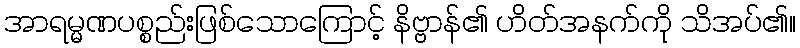
အာရမ္မဏပစ္စည်းဖြစ်သောကြောင့် နိဗ္ဗာန်၏ ဟိတ်အနက်ကို သိအပ်၏။